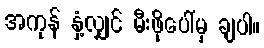
အကုန် နှံ့လျှင် မီးဖိုပေါ်မှ ချပါ။